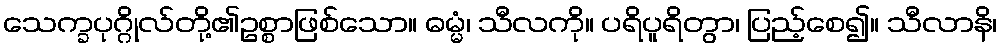
သေက္ခပုဂ္ဂိုလ်တို့၏ဥစ္စာဖြစ်သော။ ဓမ္မံ၊ သီလကို။ ပရိပူရိတွာ၊ ပြည့်စေ၍။ သီလာနိ၊